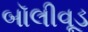
બૉલીવૂડ